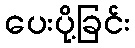
ပေးပို့ခြင်း